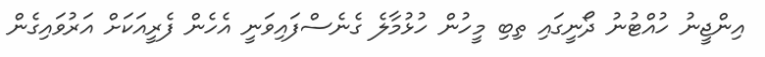
އިންޖީނު ހުއްޓުނު ދޯނީގައި ތިބި މީހުން ހުޅުމާލެ ގެނެސްފައިވަނީ އެހެން ފެރީއަކަށް އަރުވައިގެން